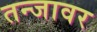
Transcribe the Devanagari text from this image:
तन्जावर